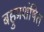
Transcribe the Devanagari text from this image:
बहुप्रशंषित